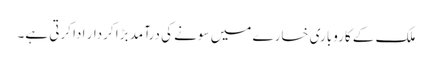
ملک کے کاروباری خسارے میں سونے کی درآمد بڑا کردار ادا کرتی ہے۔